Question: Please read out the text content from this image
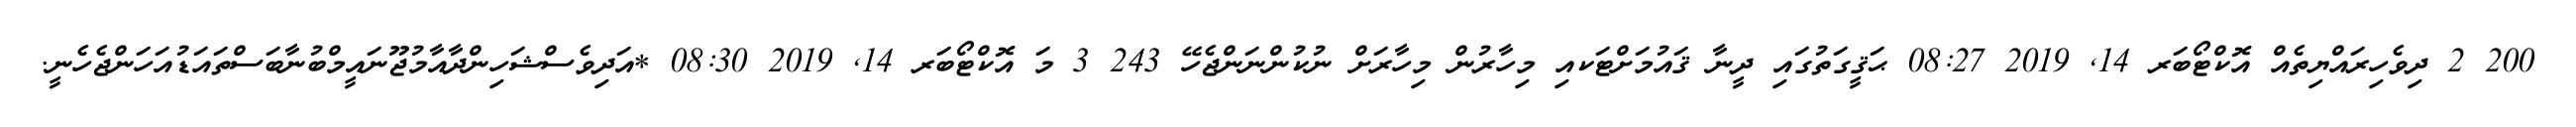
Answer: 200 2 ދިވެހިރައްޔިތެއް އޮކްޓޯބަރ 14, 2019 08:27 ޙަޤީގަތުގައި ދީނާ ޤައުމަށްޓަކއި މިހާރުން މިހާރަށް ނުކުންނަންޖެހޭ 243 3 މަ އޮކްޓޯބަރ 14, 2019 08:30 *އަދިވެސްޝަހިންދާއާމުޖޫނައީމްބުނާބަސްތައަޑުއަހަންޖެހެނީ.